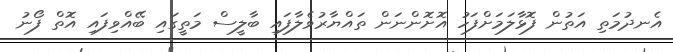
އެނދުމަތި އަތުން ފޮޅާލަމަށްފަހު އޮށޮންނަން ތައްޔާރުވެލާފައި ބާލީސް މަތީގައި ބޭއްވިފައި އޮތް ފޯނު